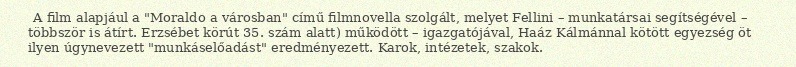
A film alapjául a "Moraldo a városban" című filmnovella szolgált, melyet Fellini – munkatársai segítségével – többször is átírt. Erzsébet körút 35. szám alatt) működött – igazgatójával, Haáz Kálmánnal kötött egyezség öt ilyen úgynevezett "munkáselőadást" eredményezett. Karok, intézetek, szakok.